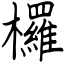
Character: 欏